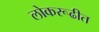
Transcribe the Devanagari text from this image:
लोकरूढीत